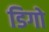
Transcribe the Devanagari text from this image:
डिगो